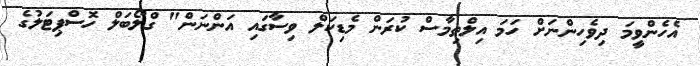
އެހެންވީމަ ދިވެހިންނަށް ހަމަ އިލްތިމާސް ކުރަން މެޑިކަލް ވިސާގައި އަންނަން" ގްލޯބަލް ހޮސްޕިޓަލުގެ